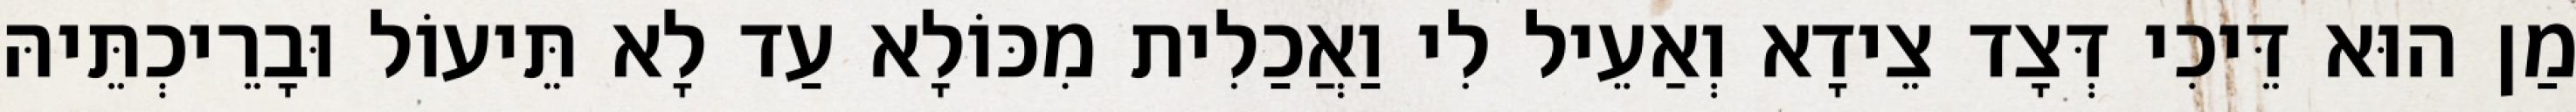
מַן הוּא דֵּיכִי דְּצָד צֵידָא וְאַעֵיל לִי וַאֲכַלִית מִכּוֹלָא עַד לָא תֵּיעוֹל וּבָרֵיכְתֵּיהּ